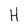
Character: H